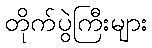
တိုက်ပွဲကြီးများ